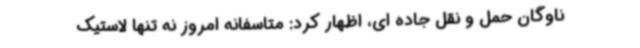
ناوگان حمل و نقل جاده ای، اظهار کرد: متاسفانه امروز نه تنها لاستیک